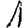
Digit: 1